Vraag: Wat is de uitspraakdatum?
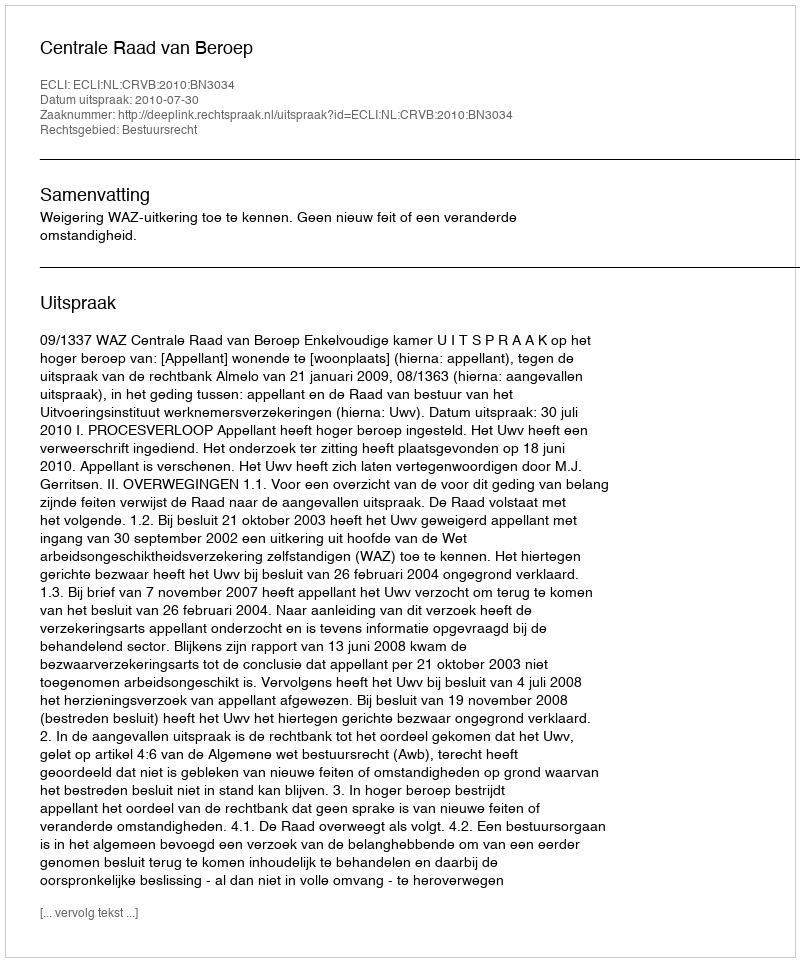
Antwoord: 2010-07-30